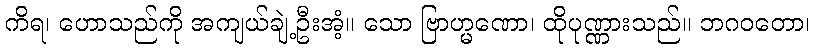
ကိရ၊ ဟောသည်ကို အကျယ်ချဲ့ဦးအံ့။ သော ဗြာဟ္မဏော၊ ထိုပုဏ္ဏားသည်။ ဘဂဝတော၊